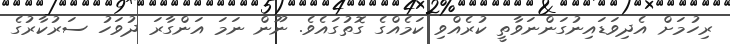
ރިހުމަށް އެދިވަޑައިނުގަންނަވާތީ ކުރެއްވި ކަމެއްގެ ގޮތުގައެވެ. ނޫން ނަމަ އަންގާރަ ދުވަހު ސަރުކާރުގެ